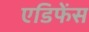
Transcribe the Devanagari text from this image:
एडिफेंस